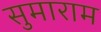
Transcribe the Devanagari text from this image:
सुमाराम